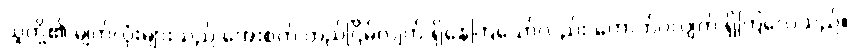
သူတို့၏ မျက်လုံးများသည် အေးစက် တည်ငြိမ်လျက် ရှိနေကြသော်လည်း တောက်ပလျက် ရှိကြလေသည်။